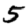
Digit: 5